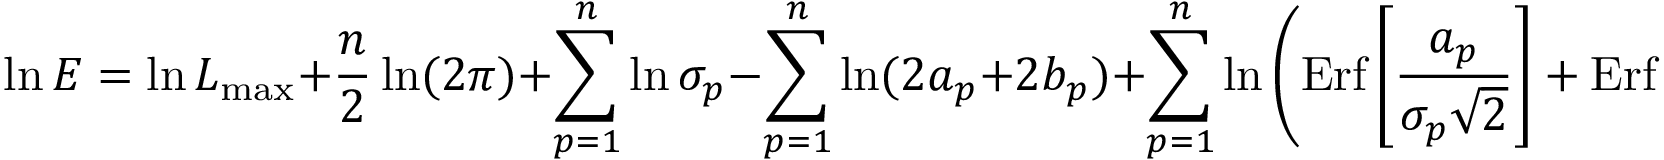
\ln E = \ln { \cal L } _ { \mathrm { m a x } } + { \frac { n } { 2 } } \ln ( 2 \pi ) + \sum _ { p = 1 } ^ { n } \ln \sigma _ { p } - \sum _ { p = 1 } ^ { n } \ln ( 2 a _ { p } + 2 b _ { p } ) + \sum _ { p = 1 } ^ { n } \ln \left( \mathrm { E r f } \left[ { \frac { a _ { p } } { \sigma _ { p } \sqrt 2 } } \right] + \mathrm { E r f } \left[ { \frac { b _ { p } } { \sigma _ { p } \sqrt 2 } } \right] \right)